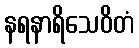
နရနာရိသေဝိတံ